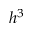
h ^ { 3 }